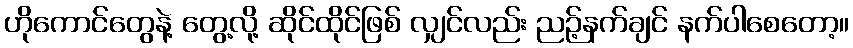
ဟိုကောင်တွေနဲ့ တွေ့လို့ ဆိုင်ထိုင်ဖြစ် လျှင်လည်း ညဉ့်နက်ချင် နက်ပါစေတော့။